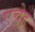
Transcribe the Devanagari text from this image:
एचेह